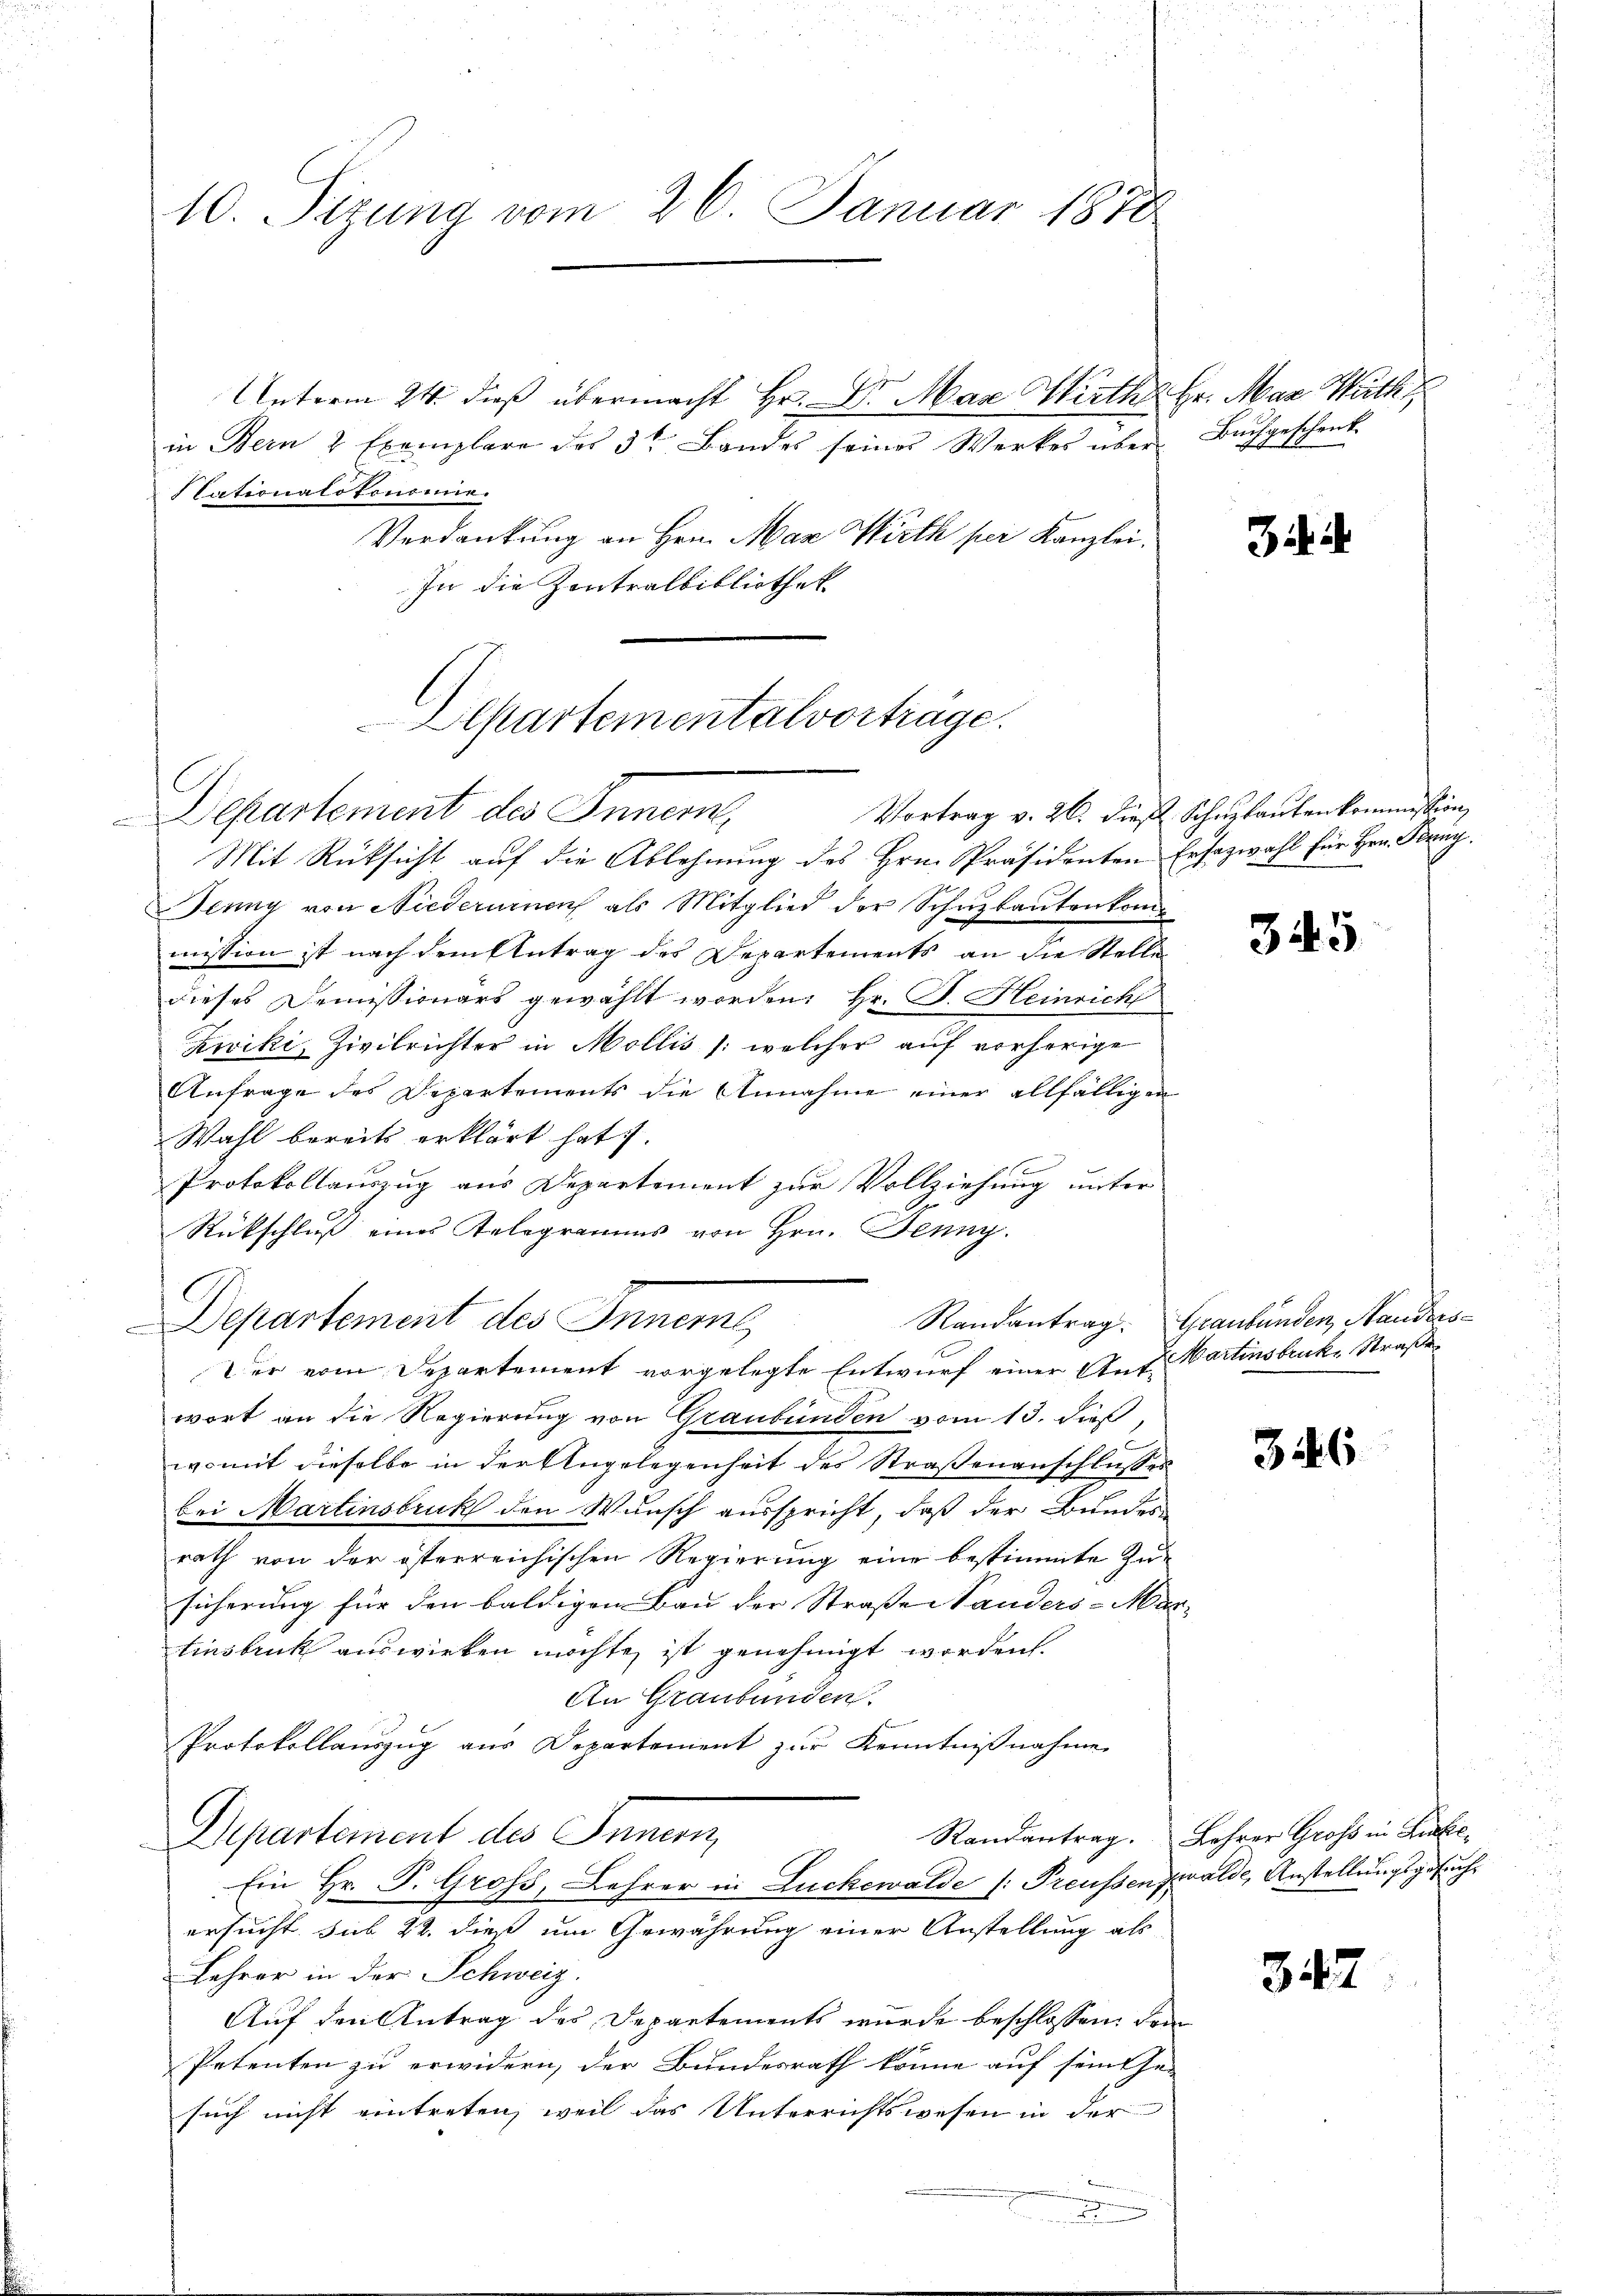
10. Sizung vom 26. Januar 1878

Unterm 24. dieß übermacht Hr. Dr. Max Wirthe Hr. Mar Näth
in Bern 2 Exemplare des 3te Bandes seines Werkes über Bŭchgeschenk
lationato Consine.
Verdankung an Hrn. Max Wirth per Kanzlei.
In die Zentralbibliothek

Departement des Innern,
Mit Rücksicht aŭf die Ablehnŭng des Hrn. Präsidenten Ersazwahl für Hrn. Franz.
Jenny von Niederuinen als Mitglied der Schuzbautenkommission ist nach dem Antrag des Departements an die Stelle
dieses Demissionars gewählt worden: Hr. P. Heinrich
Zwiki, Zivilrichter in Mollis /: welcher auf vorherige
Anfrage des Departements die Annahme einer allfälligen
Wahl bereits erklärt hat.
Protokollauszug aus Departement zur Vollziehung unter
Rückschluß eines Telegramms von Hrn. Jenny.
b
Departement des Inneme
wort an die Regierung von Graubünden vom 13. dieß
womit dieselbe in der Angelegenheit des Straßenanschlußes
bei Martinsbruk den Wunsch ausspricht, daß der Bundes
rath von der österreichischen Regierung eine bestimmte Zusicherung für den baldigen Bau der Straße Standers-Mar
tinsbruck auswirken möchte, ist genehmigt worden.
An Graubünden.
Protokollauszug aus Departement zur Kenntnißnahme
Departement des Innern
Ein Hr. P. Gross, Lehrer in Zuckewalde [Preußenzwalde, Anstellungsgesuch
ersucht. sub 22. dieß um Gewährung einer Anstellung als
Lehrer in der Schweiz.
Auf den Antrag des Departements wurde beschlossen, den
Petenten zu erwidern, der Bundesrath könne auf seine Ge-
such nicht eintreten, weil das Unterrichtswesen in der
e

Separtementalvortrage.

Der vom Departement vorgelegte Entwurf einer Ant-

i

Vortrag v. 26. dieß Schurlauten kommission,

345

Randantrag. Graubünden, Handers-
Martinsbruck. Straße

316

Randantrag. Lehrer Gross in Rufe

342